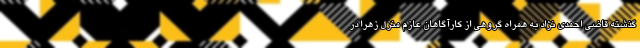
گذشته قاضی احمدی نژاد به همراه گروهی از کارآگاهان عازم منزل زهرا در